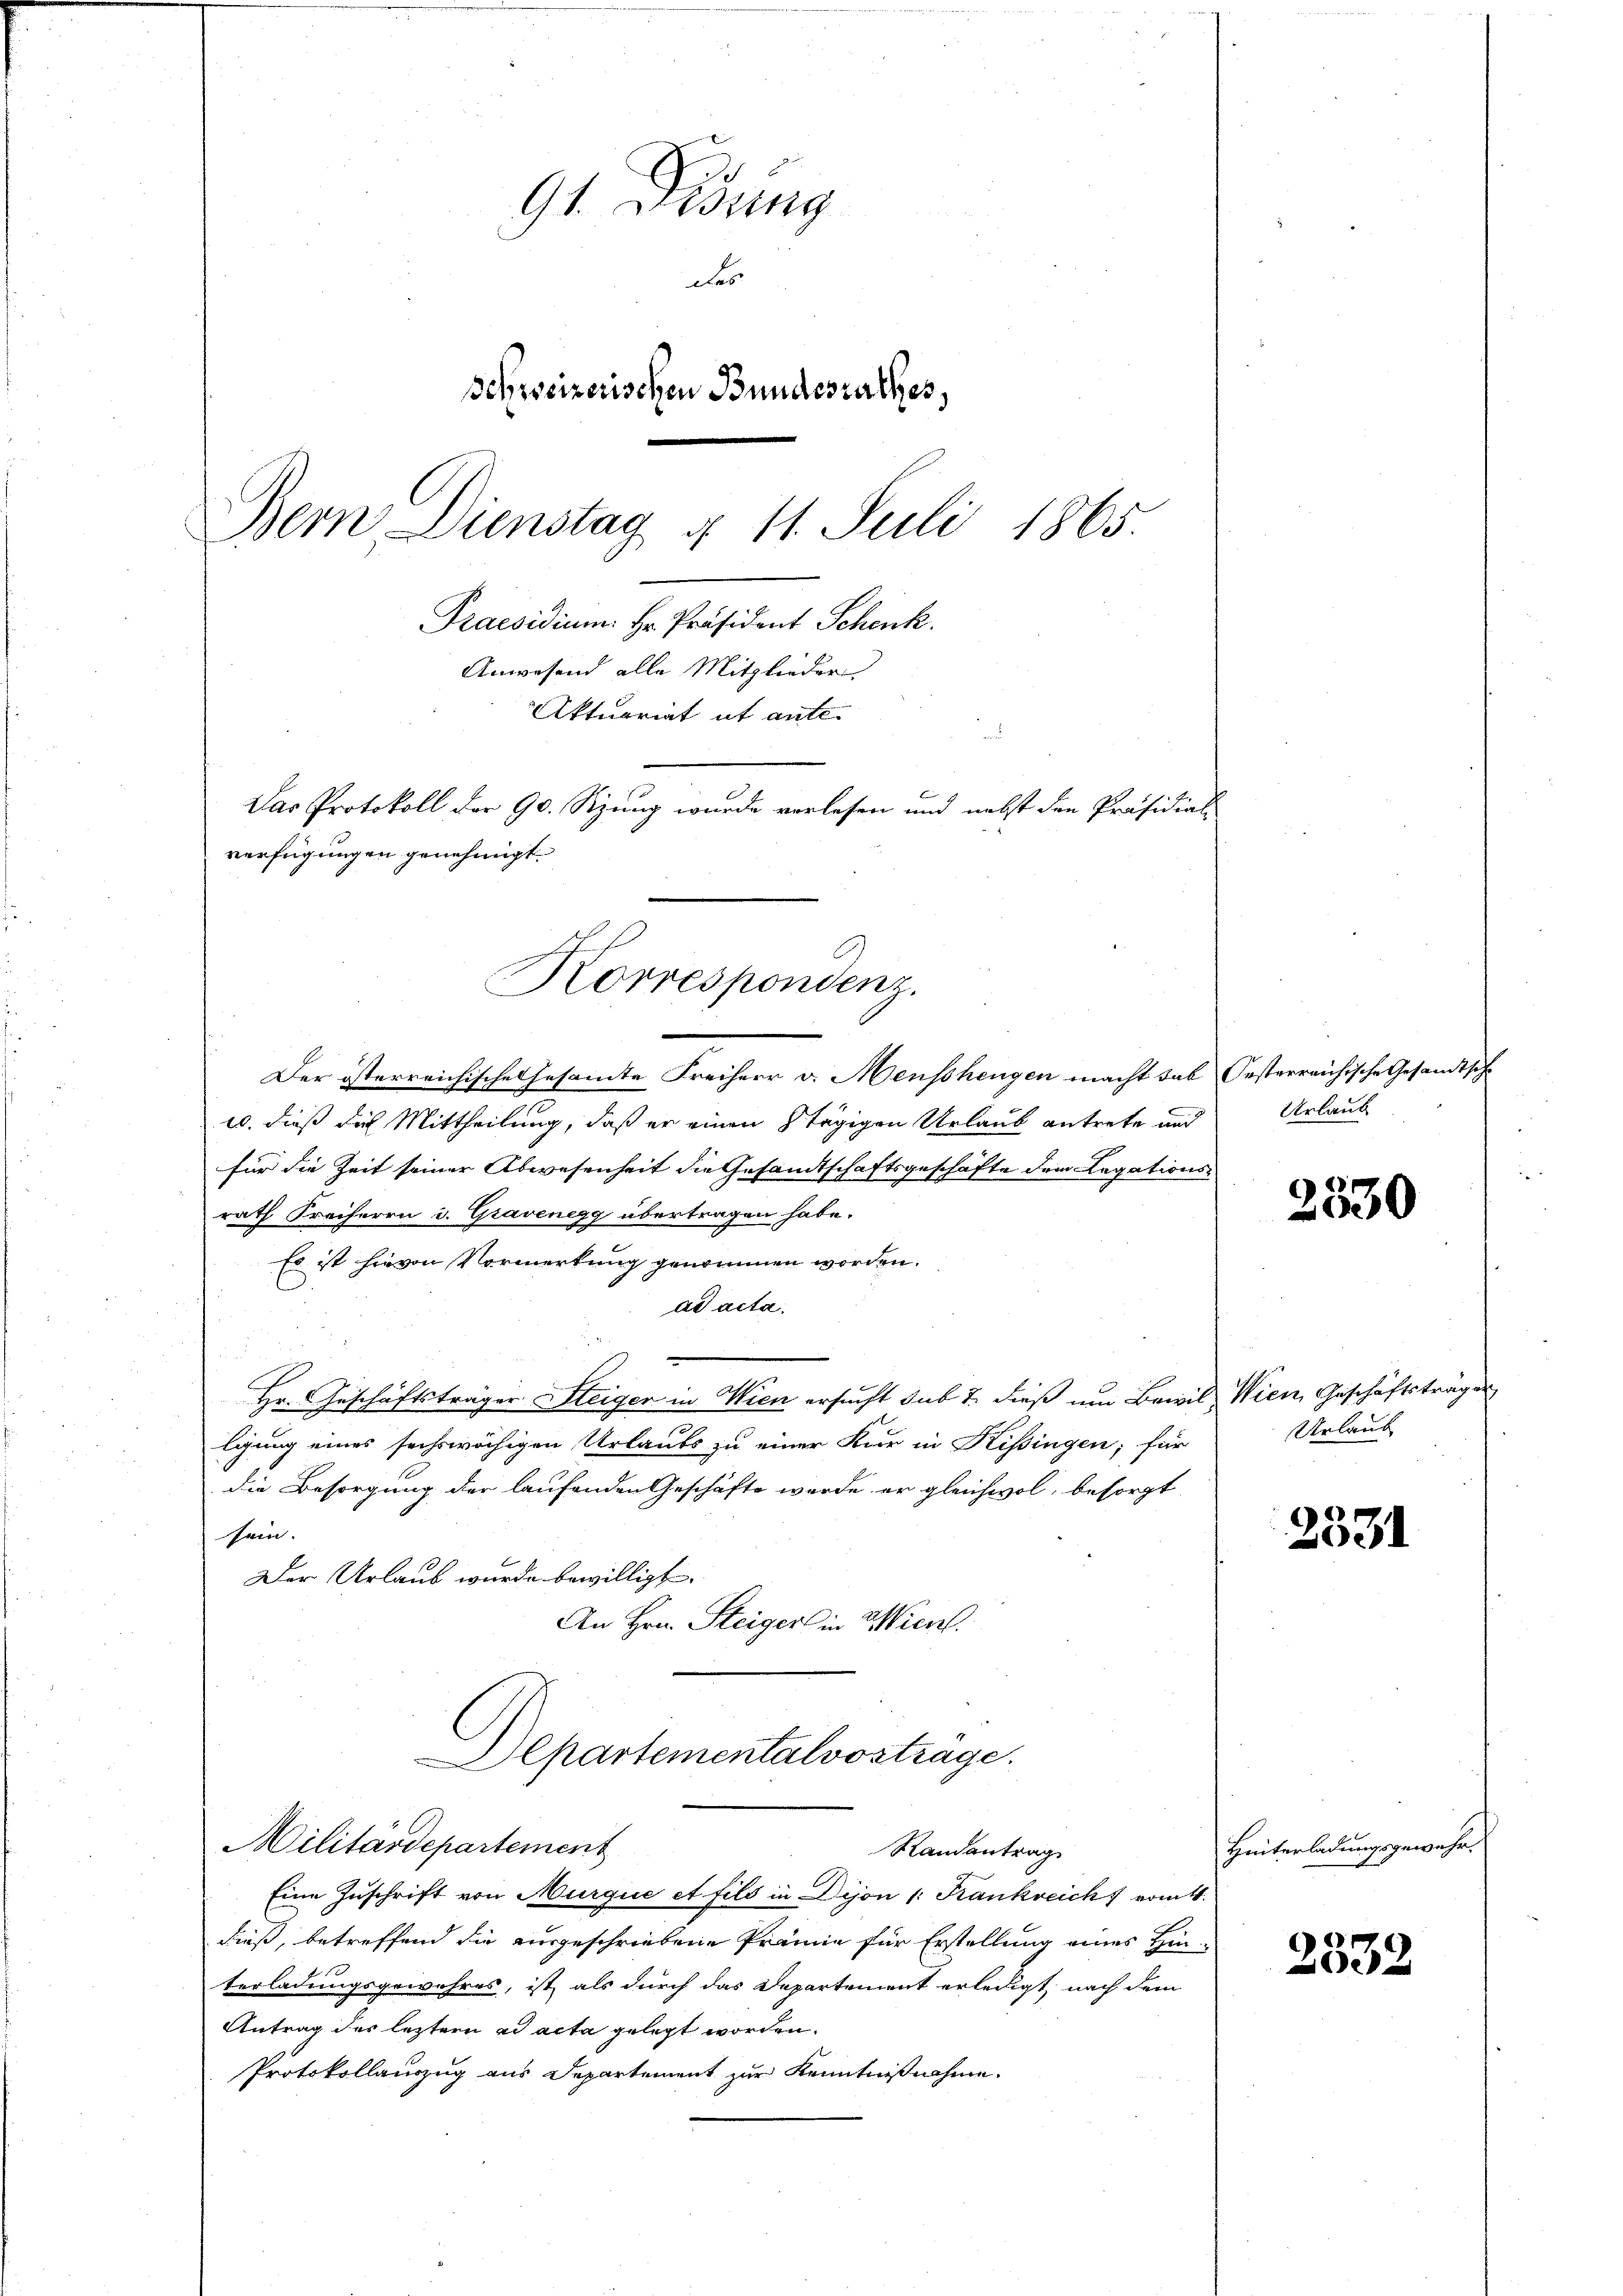
9t. Fidung
Fes
Behweizerischen Bundesrathes,
Bern Dienstag g 11. Juli 1865.
Praesidium. Hr. Präsident Schenk.
Anwesend alle Mitglieder,
Aktuariat ut ante.
Das Protokoll der 90. Setzung wurde vorlesen und nebst den Präsidial-
verfügungen genehmigt.

Korrespondenz.

Departementalvostrage.
Militärdepartement
Randantrag

Der österreichische Gesammte Freiherr v. Menschengen macht hab Oesterreichische Gesandtsche
10. dieß die Mittheilung, daß er einen Stägigen Urlaub antrete und
für die Zeit seiner Abwesenheit die Gesamtschaftsgeschäfte dem Legationsrath Freiherrn v. Gravenegg übertragen habe.
Es ist hievon Vormerkung genommen worden.
ad acta.
Hr. Geschäftsträger Steiger in Wien ersucht sub 7. dieß um Bewil Wien, Geschäftsträgen,
ligung eines sechswächigen Urlaubs zu einer Kur in Kissingen; für
die Besorgung der laufenden Geschäfte werde er gleichwol, besorgt
sein.
Der Urlaub wurde bewilligt.
An Hrn. Steiger in Wien.

Eine Zuschrift von Murque et fils in Dijon /: Krankreich vom 4.
dieß, betreffend die angeschriebene Prämie für Erstellung eines Hinterladungsgewahres, ist als durch das Departement erledigt, nach dem
Antrag des leztere ad acta gelegt worden.
Protokollauszug aus Departement zur Kenntnißnahme.

Urlaub

2330

Urlaub

2331

Hinterladungsgewahr.

2332